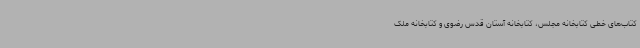
کتاب‌های خطی کتابخانه مجلس، کتابخانه آستان قدس رضوی و کتابخانه ملک